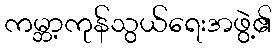
ကမ္ဘာ့ကုန်သွယ်ရေးအဖွဲ့၏